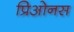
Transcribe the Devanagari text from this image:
प्रिओनस